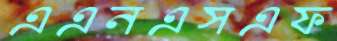
এএনএসএফ